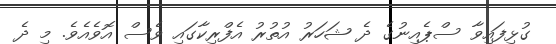
ގުޅިފައިވާ ސްޕެއިނުގެ ދެ ޝަހަރު އުތުރު އެފްރިކާގައި ވެސް އޮވެއެވެ. މި ދެ